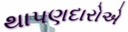
થાપણદારોએ